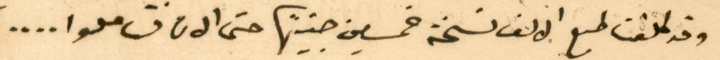
وقد كلفنا طبع الالف نسخة خمسين جنيهًا حتى الان فتاملوا ....